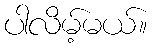
ပါလိမ့်မယ်။